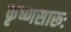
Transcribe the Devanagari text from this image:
कृष्‍णसारूः